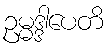
ဥမ္မဒ္ဒါပေတိ